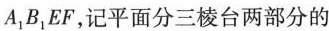
A_{1}B_{1}EF，记平面分三棱台两部分的